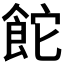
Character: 𮨻